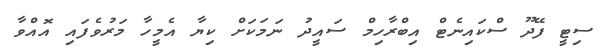
ސިޓީ ފޭދޫ ސްކައިނެޓް އިބްރާހިމް ސައީދު ނަމަކަށް ކިޔާ އެމީހާ މަރުވެފައި އޮއްވާ